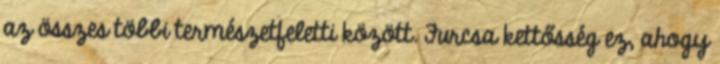
az összes többi természetfeletti között. Furcsa kettősség ez, ahogy